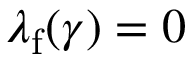
\lambda _ { \mathrm { f } } ( \gamma ) = 0